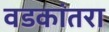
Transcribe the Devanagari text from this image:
वडकांतरा